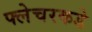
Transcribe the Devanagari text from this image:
फ्लेचरकडे